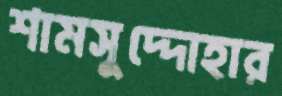
শামসুদ্দোহার